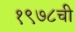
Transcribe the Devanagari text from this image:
१९७८ची